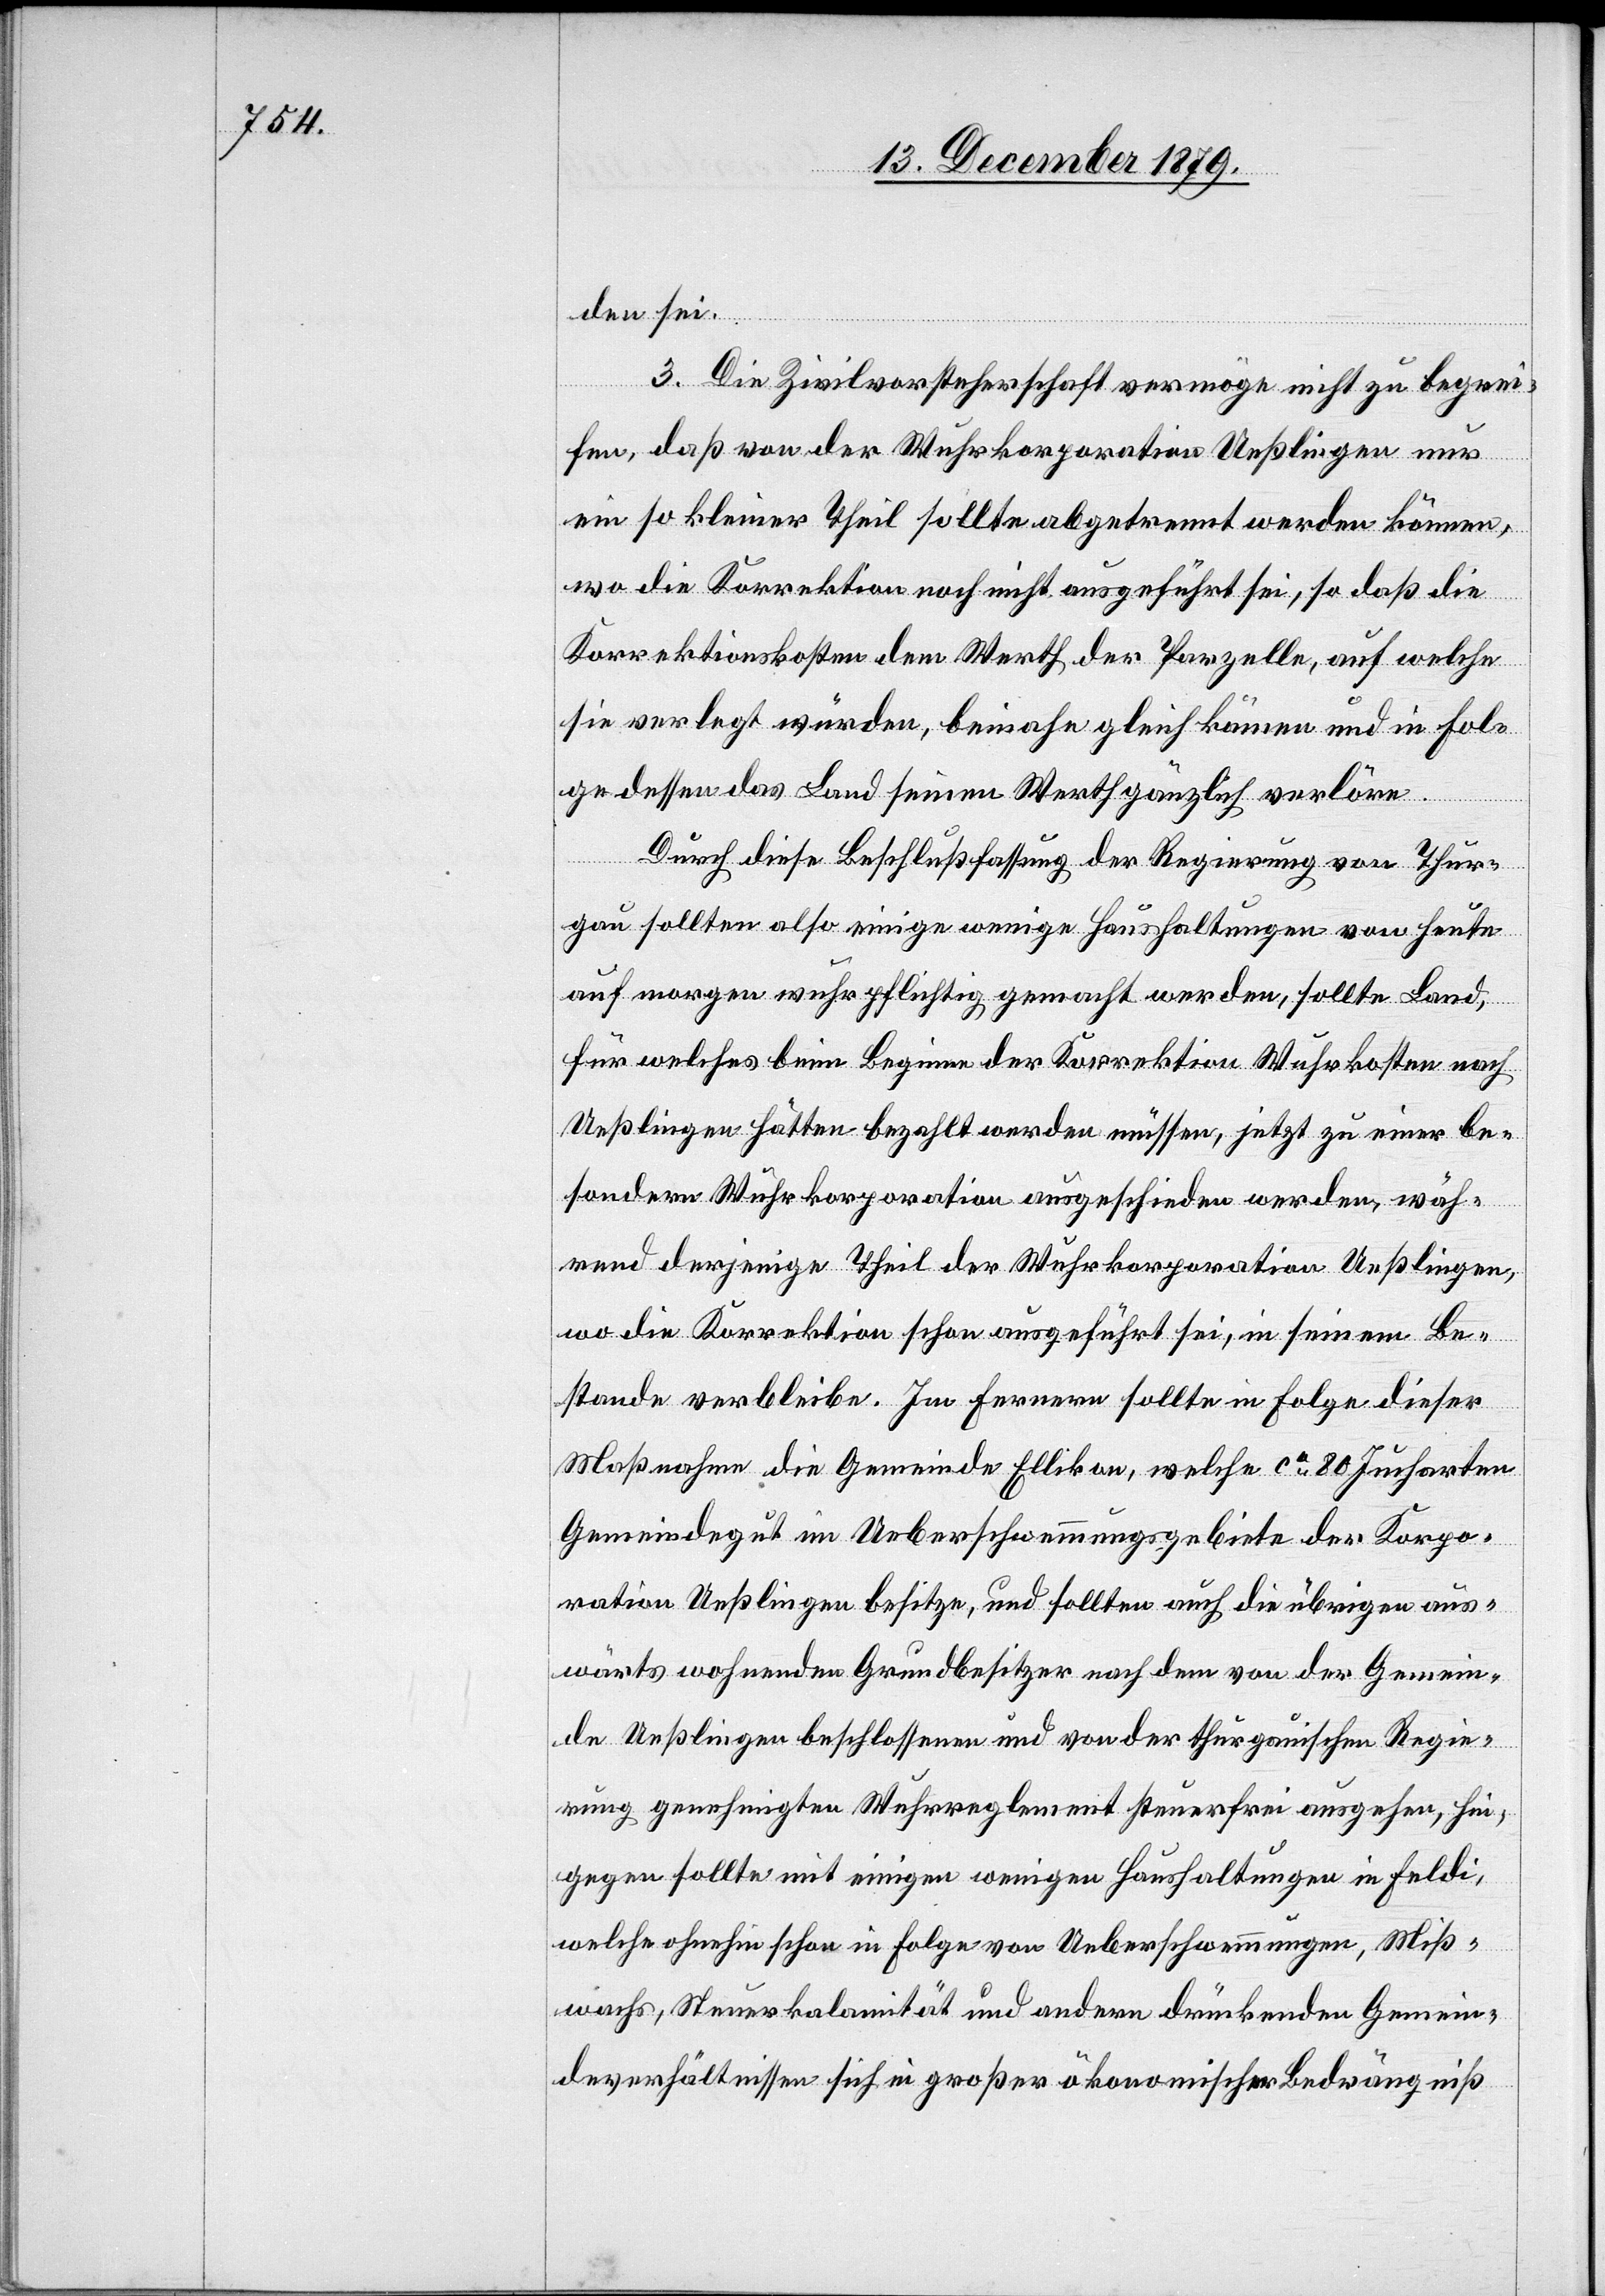
wärts

den sei.
3. Die Zivilvorsteherschhaft vermöge nicht zu begrei¬
fen, daß von der Wuhrkorporation Ueßlingen nur
ein so kleiner Theil sollte abgetrennt werden können,
wo die Korrektion noch nicht ausgeführt sei, so daß die
Korrektionskosten dem Werth der Parzelle, auf welche
sie verlegt würden, beinahe gleich kämen und in Fol¬
ge dessen das Land seinen Werth gänzlich verlöre.
Durch diese Beschlußfassung der Regierung von Thur¬
gau sollten also einige wenige Haushaltungen von heute
auf morgen mehrpflichtig gemacht werden, sollte Land,
für welches beim Beginne der Korrektion Wuhrkosten nach
Ueßlingen hätten bezahlt werden müssen, jetzt zu einer be¬
sondern Wuhrkorporation ausgeschieden werden, wäh¬
rend derjenige Theil der Wuhrkorporation Ueßlingen,
wo die Korrektion schon ausgeführt sei, in seinem Be¬
stande verbleibe. Im fernern sollte in Folge dieser
Maßnahme die Gemeinde Ellikon, welche ca 80 Jucharten
Gemeindegut im Ueberschwemmungsgebiete der Korpo¬
ration Ueßlingen besitze, und sollten auch die übrigen aus¬
hingegen sollte mit einigen wenigen Haushaltungen in Feldi,
welche ohnehin schon in Folge von Ueberschwemmungen, Miß¬
wuchs, Steuerkalamität und andern drückenden Gemein¬
deverhältnissen sich in großer ökonomischer Bedrängniß